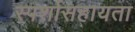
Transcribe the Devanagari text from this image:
स्पर्शासहायता